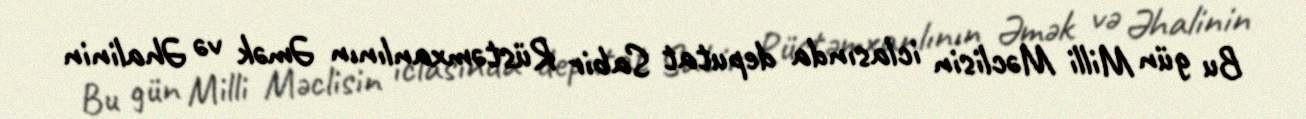
Bu gün Milli Məclisin iclasında deputat Sabir Rüstəmxanlının Əmək və Əhalinin